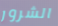
الشرور